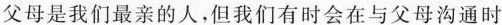
父母是我们最亲的人,但我们有时会在与父母沟通时